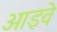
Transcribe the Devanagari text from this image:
आइवे